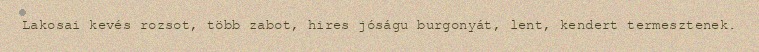
Lakosai kevés rozsot, több zabot, hires jóságu burgonyát, lent, kendert termesztenek.